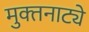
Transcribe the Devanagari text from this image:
मुक्‍तनाट्ये